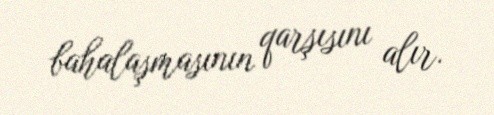
bahalaşmasının qarşısını alır.